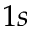
1 s